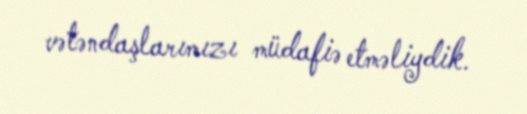
vətəndaşlarımızı müdafiə etməliydik.